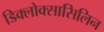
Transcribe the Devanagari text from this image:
डिक्लोक्सासिलिन